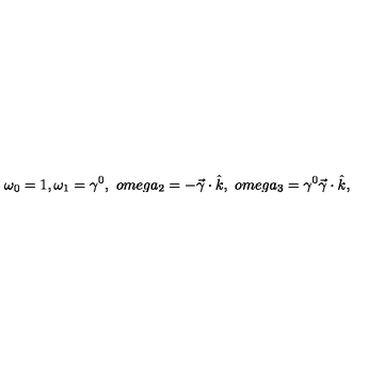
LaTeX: \omega _ { 0 } = 1 , \omega _ { 1 } = \gamma ^ { 0 } , \ o m e g a _ { 2 } = - \vec { \gamma } \cdot \hat { k } , \ o m e g a _ { 3 } = \gamma ^ { 0 } \vec { \gamma } \cdot \hat { k } ,